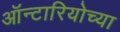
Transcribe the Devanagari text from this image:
ऑन्टारियोच्या